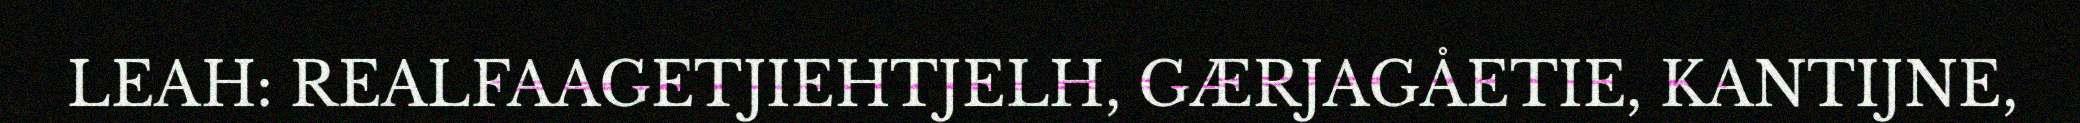
LEAH: REALFAAGETJIEHTJELH, GÆRJAGÅETIE, KANTIJNE,